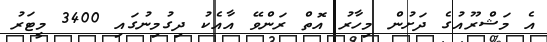
އެ މަޝްރޫއުގެ ދަށުން މިހާރު އޮތް ރަންވޭ އާއެކު ދިގުމިނުގައި 3400 މީޓަރު